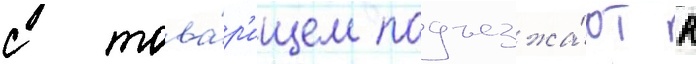
с това́р'ищем подъезжа́ют к